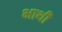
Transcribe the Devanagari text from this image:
भाथी